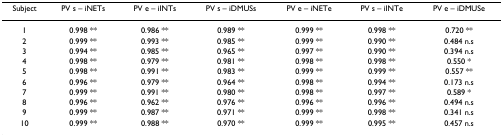
<table><thead><tr><td><b>Subject</b></td><td><b>PV s – iNETs</b></td><td><b>PV e – iINTs</b></td><td><b>PV s – iDMUSs</b></td><td><b>PV e – iNETe</b></td><td><b>PV s – iINTe</b></td><td><b>PV e – iDMUSe</b></td></tr></thead><tbody><tr><td>1</td><td>0.998 **</td><td>0.986 **</td><td>0.989 **</td><td>0.999 **</td><td>0.998 **</td><td>0.720 **</td></tr><tr><td>2</td><td>0.999 **</td><td>0.993 **</td><td>0.985 **</td><td>0.999 **</td><td>0.990 **</td><td>0.484 n.s</td></tr><tr><td>3</td><td>0.994 **</td><td>0.985 **</td><td>0.965 **</td><td>0.997 **</td><td>0.990 **</td><td>0.394 n.s</td></tr><tr><td>4</td><td>0.998 **</td><td>0.979 **</td><td>0.981 **</td><td>0.998 **</td><td>0.998 **</td><td>0.550 *</td></tr><tr><td>5</td><td>0.998 **</td><td>0.991 **</td><td>0.983 **</td><td>0.999 **</td><td>0.999 **</td><td>0.557 **</td></tr><tr><td>6</td><td>0.996 **</td><td>0.979 **</td><td>0.964 **</td><td>0.998 **</td><td>0.994 **</td><td>0.173 n.s</td></tr><tr><td>7</td><td>0.999 **</td><td>0.991 **</td><td>0.980 **</td><td>0.998 **</td><td>0.997 **</td><td>0.589 *</td></tr><tr><td>8</td><td>0.996 **</td><td>0.962 **</td><td>0.976 **</td><td>0.996 **</td><td>0.996 **</td><td>0.494 n.s</td></tr><tr><td>9</td><td>0.999 **</td><td>0.987 **</td><td>0.971 **</td><td>0.999 **</td><td>0.998 **</td><td>0.341 n.s</td></tr><tr><td>10</td><td>0.999 **</td><td>0.988 **</td><td>0.970 **</td><td>0.999 **</td><td>0.995 **</td><td>0.457 n.s</td></tr></tbody></table>